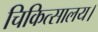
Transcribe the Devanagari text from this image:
चिकित्सालय।